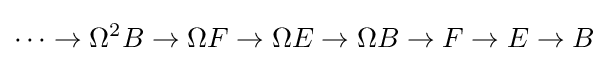
\cdots \to \Omega ^{2}B\to \Omega F\to \Omega E\to \Omega B\to F\to E\to B